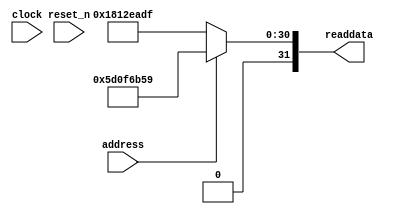
module NIOS_test_board_sysid (
               // inputs:
                address,
                clock,
                reset_n,

               // outputs:
                readdata
             )
;

  output  [ 31: 0] readdata;
  input            address;
  input            clock;
  input            reset_n;

  wire    [ 31: 0] readdata;
  //control_slave, which is an e_avalon_slave
  assign readdata = address ? 1561291609 : 403892959;

endmodule